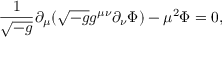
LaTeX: \frac { 1 } { \sqrt { - g } } \partial _ { \mu } ( \sqrt { - g } g ^ { \mu \nu } \partial _ { \nu } \Phi ) - \mu ^ { 2 } \Phi = 0 ,